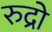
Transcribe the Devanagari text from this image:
रुद्रो